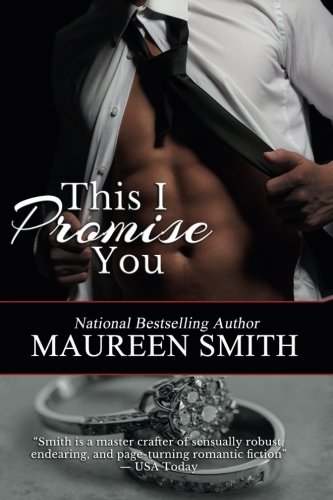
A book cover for This I Promise You (Wolf Pack) (Volume 8); Maureen Smith; Romance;